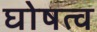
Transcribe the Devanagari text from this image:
घोषत्व